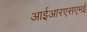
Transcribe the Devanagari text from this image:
आईआरएसएमई